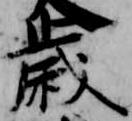
歳